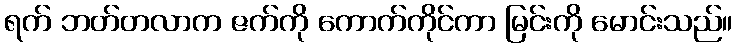
ရက် ဘတ်တလာက ဇက်ကို ကောက်ကိုင်ကာ မြင်းကို မောင်းသည်။